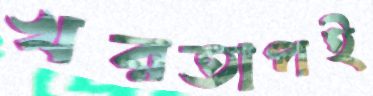
খরতাপই